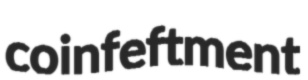
coinfeftment